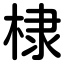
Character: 棣